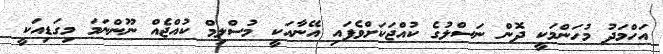
އަހްމަދު މުހަންމަކީ ދޮން ނަސްލުގެ ކުއްޖަކަށްވެފައި އޭނާއަކީ މުސްލިމް ކުއްޖެއް ނޫންނަމަ މިގަޑިއަކީ